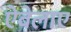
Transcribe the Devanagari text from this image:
ऐबेलाए